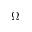
\Omega